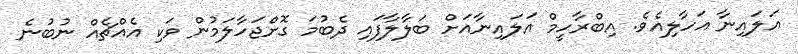
އަލައިނާ އަހާލިއެވެ. އިބްރާހީމް އަލައިނާއަށް ބަލާލާފައި ދެބުމަ ގޮށްޖަހާލަމުން ވަކި އެއްޗެއް ނުބުނެ